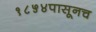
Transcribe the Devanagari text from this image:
१८५४पासूनच